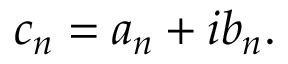
c _ { n } = a _ { n } + i b _ { n } .